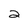
Character: 2